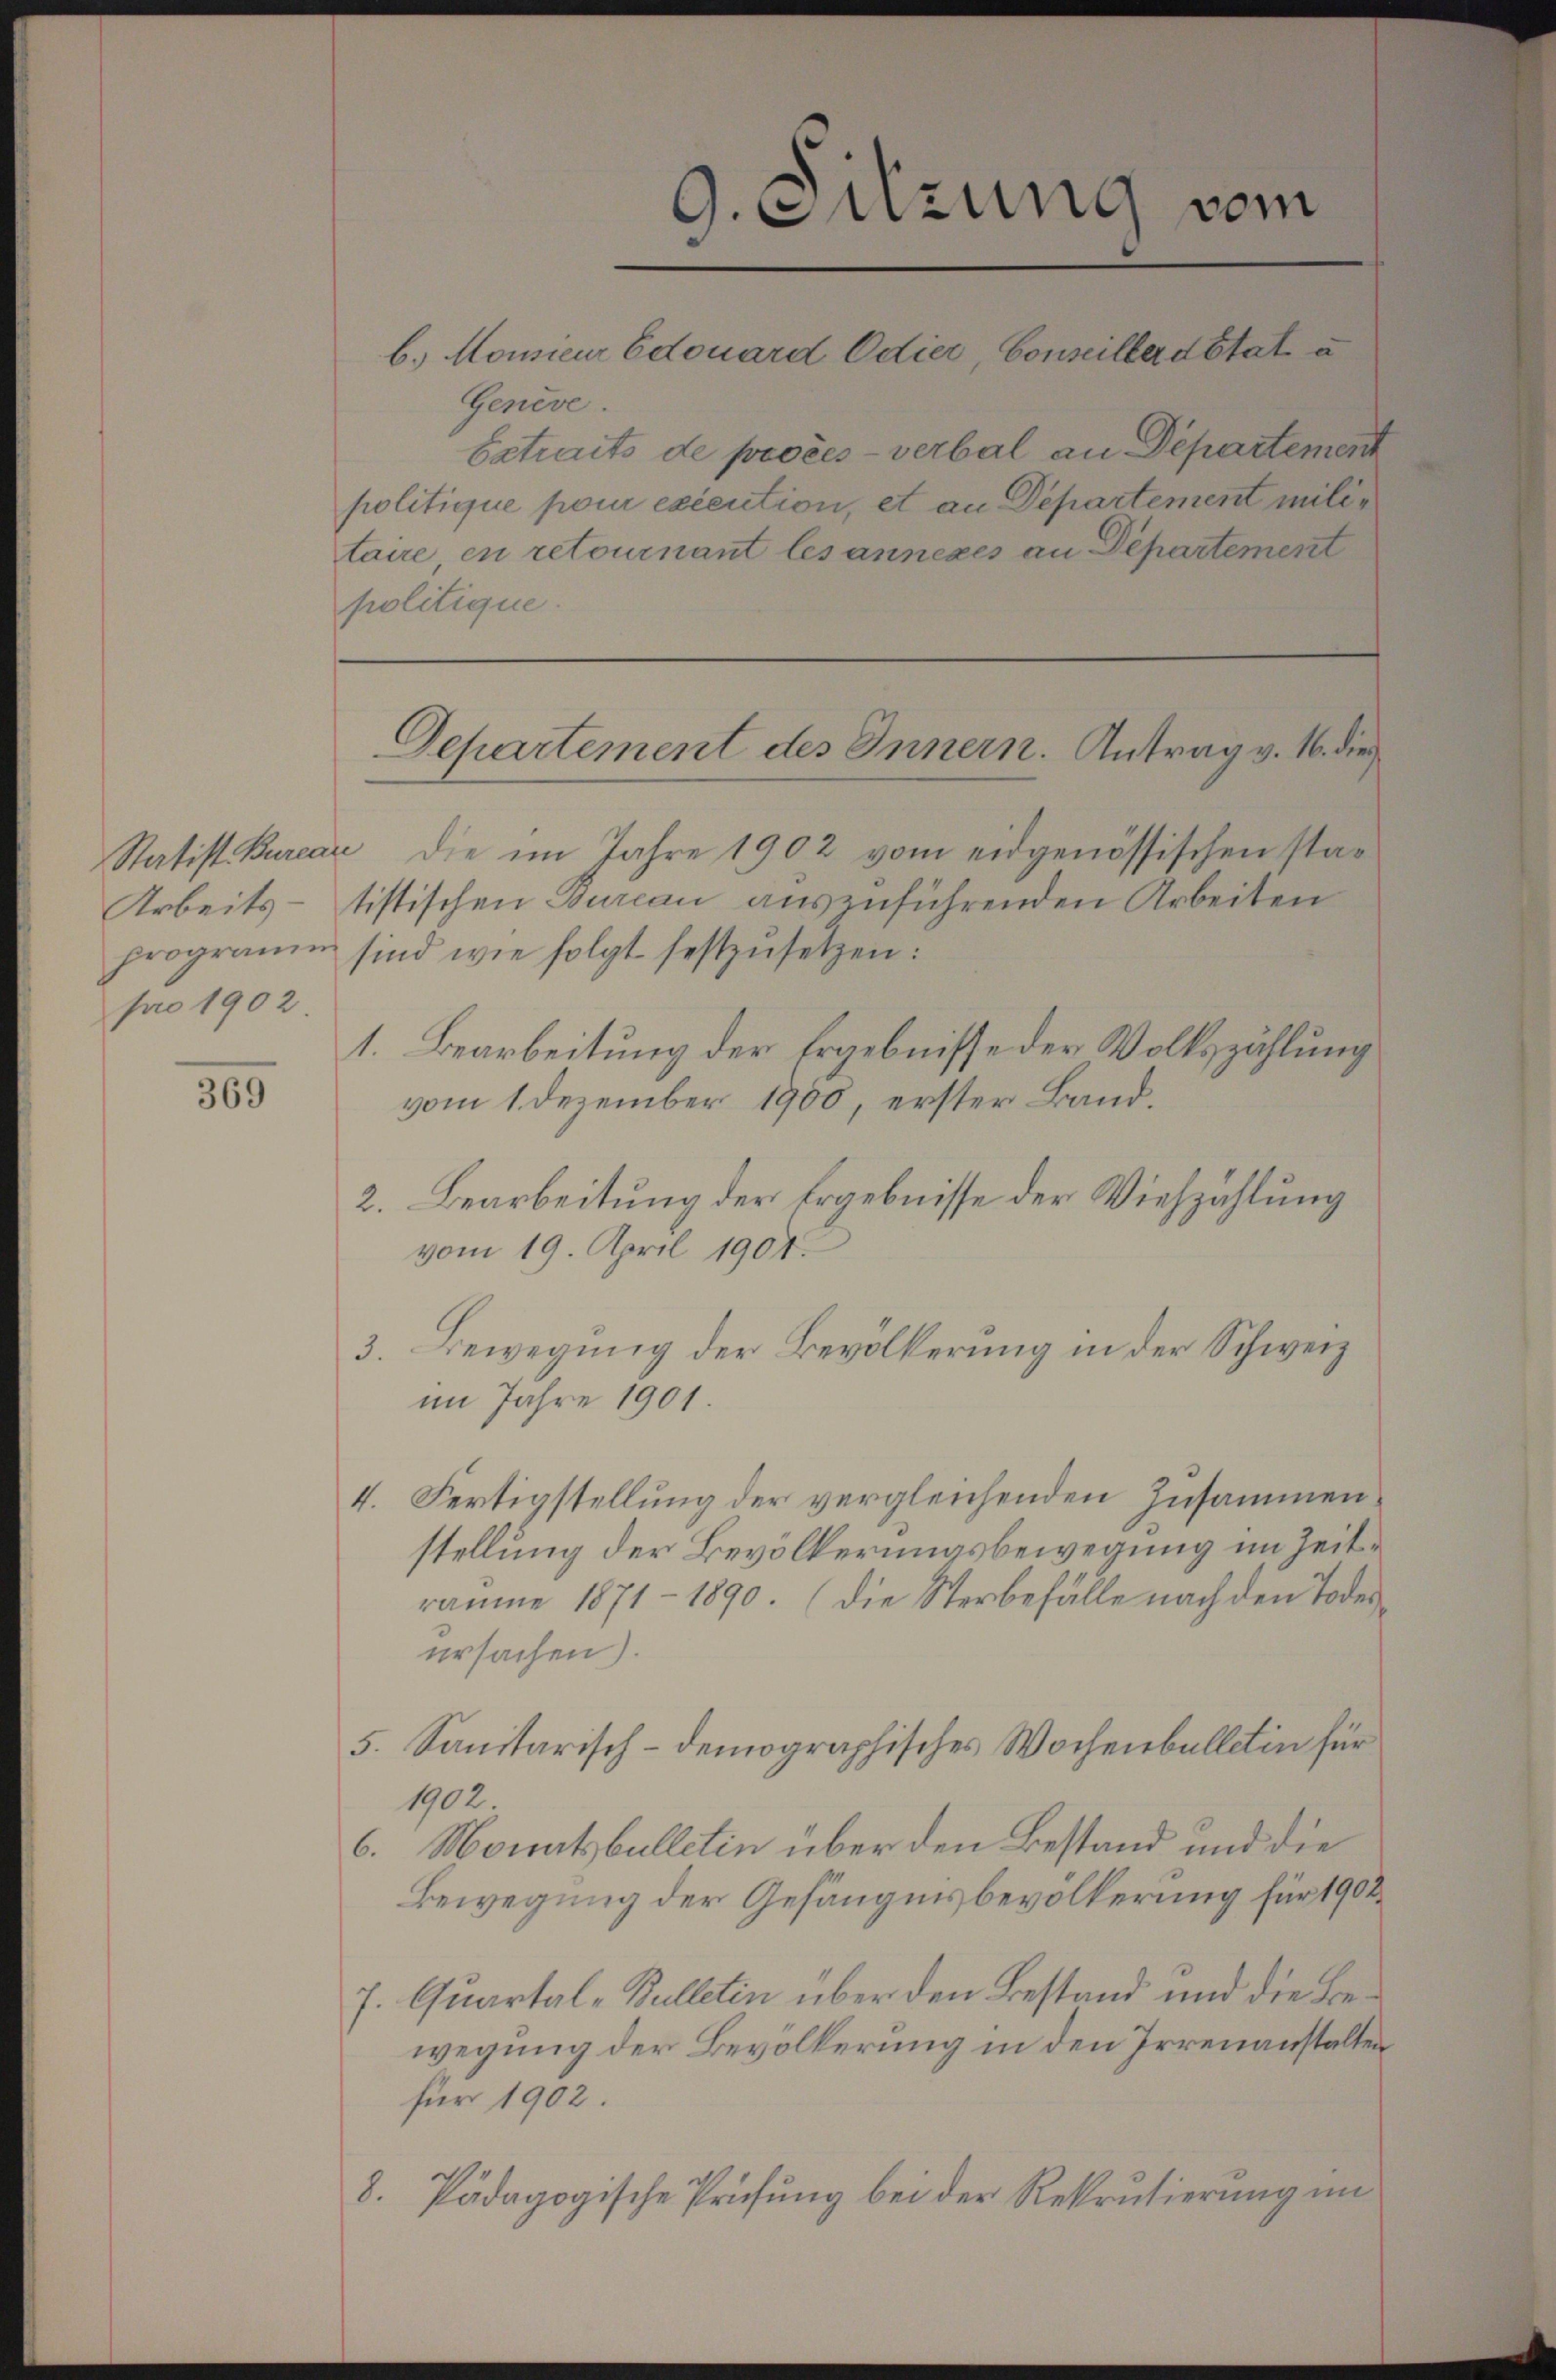
Arbeits-
pro 1902.

369

Genève.
Extraits de procès-verbal an Departement
politique pour excention, et an Departement militaire, en retournant les annexes an Departement
politique.

G.Sizung vom
b. Monsieur Edouard Odier, Conseiller détat a

Statist. Burcar die im Jahre 1902 vom eidgenössischen statistischen Burcan auszuführenden Arbeiten
programm sind wie folgt festzŭsetzen:
1. Bearbeitung der Ergebnisse der Volkszählung
vom 1. Dezember 1900, erster Band.
2. Bearbeitung der Ergebnisse der Viehzählung
vom 19. April 1904
3. Bewegung der Bevölkerung in der Schweiz
im Jahre 1901.
4. Fertigstellung der vergleichenden Zusammenstellung der Bevölkerungsbewegung im Zeiträume 1871 - 1890. (die Sterbefälle nach den Todesursachen).
5. Sanitarisch-demographisches Wochenballetin für
1902.
6. Monatsbulletin über den Bestand und die
Bewegung der Gefängnisbevölkerung für 1902
J. Quartal-Bulletin über den Bestand und die Bewegung der Bevölkerung in den Irrenanstalten
für 1902.
8. Pädagogische Prüfung bei der Rekrutierung im

Departement des Innern. Antrag v. 16. die